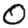
Digit: 0